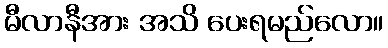
မီလာနီအား အသိ ပေးရမည်လော။